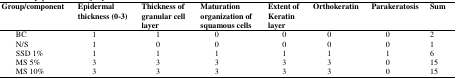
<table><thead><tr><td><b>Group/component</b></td><td><b>Epidermalthickness (0-3)</b></td><td><b>Thickness of granular cell layer</b></td><td><b>Maturation organization of squamous cells</b></td><td><b>Extent of Keratin layer</b></td><td><b>Orthokeratin</b></td><td><b>Parakeratosis</b></td><td><b>Sum</b></td></tr></thead><tbody><tr><td>BC</td><td>1</td><td>1</td><td>0</td><td>0</td><td>0</td><td>0</td><td>2</td></tr><tr><td>N/S</td><td>1</td><td>0</td><td>0</td><td>0</td><td>0</td><td>0</td><td>1</td></tr><tr><td>SSD 1%</td><td>1</td><td>1</td><td>1</td><td>1</td><td>1</td><td>1</td><td>6</td></tr><tr><td>MS 5%</td><td>3</td><td>3</td><td>3</td><td>3</td><td>3</td><td>0</td><td>15</td></tr><tr><td>MS 10%</td><td>3</td><td>3</td><td>3</td><td>3</td><td>3</td><td>0</td><td>15</td></tr></tbody></table>